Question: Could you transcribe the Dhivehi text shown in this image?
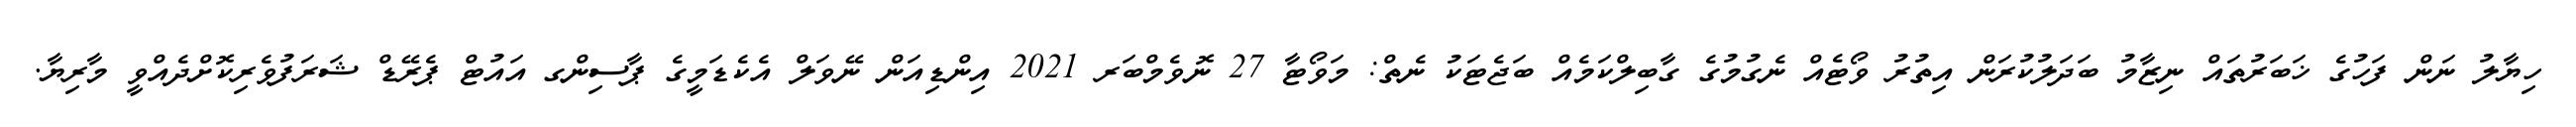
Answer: ހިޔާލު ނަން ފަހުގެ ޚަބަރުތައް ނިޒާމު ބަދަލުކުރަން އިތުރު ވޯޓެއް ނެގުމުގެ ގާބިލްކަމެއް ބަޖެޓަކު ނެތް: މަވޯޓާ 27 ނޮވެމްބަރ 2021 އިންޑިއަން ނޭވަލް އެކެޑަމީގެ ޕާސިންގ އައުޓް ޕެރޭޑް ޝަރަފުވެރިކޮށްދެއްވީ މާރިޔާ.